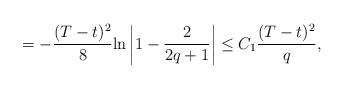
LaTeX: \begin{align*}=-\frac{(T-t)^2}{8}{\rm ln}\left|1-\frac{2}{2q+1}\right|\le C_1\frac{(T-t)^2}{q},\end{align*}